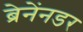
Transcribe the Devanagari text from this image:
ब्रेनेंनडर